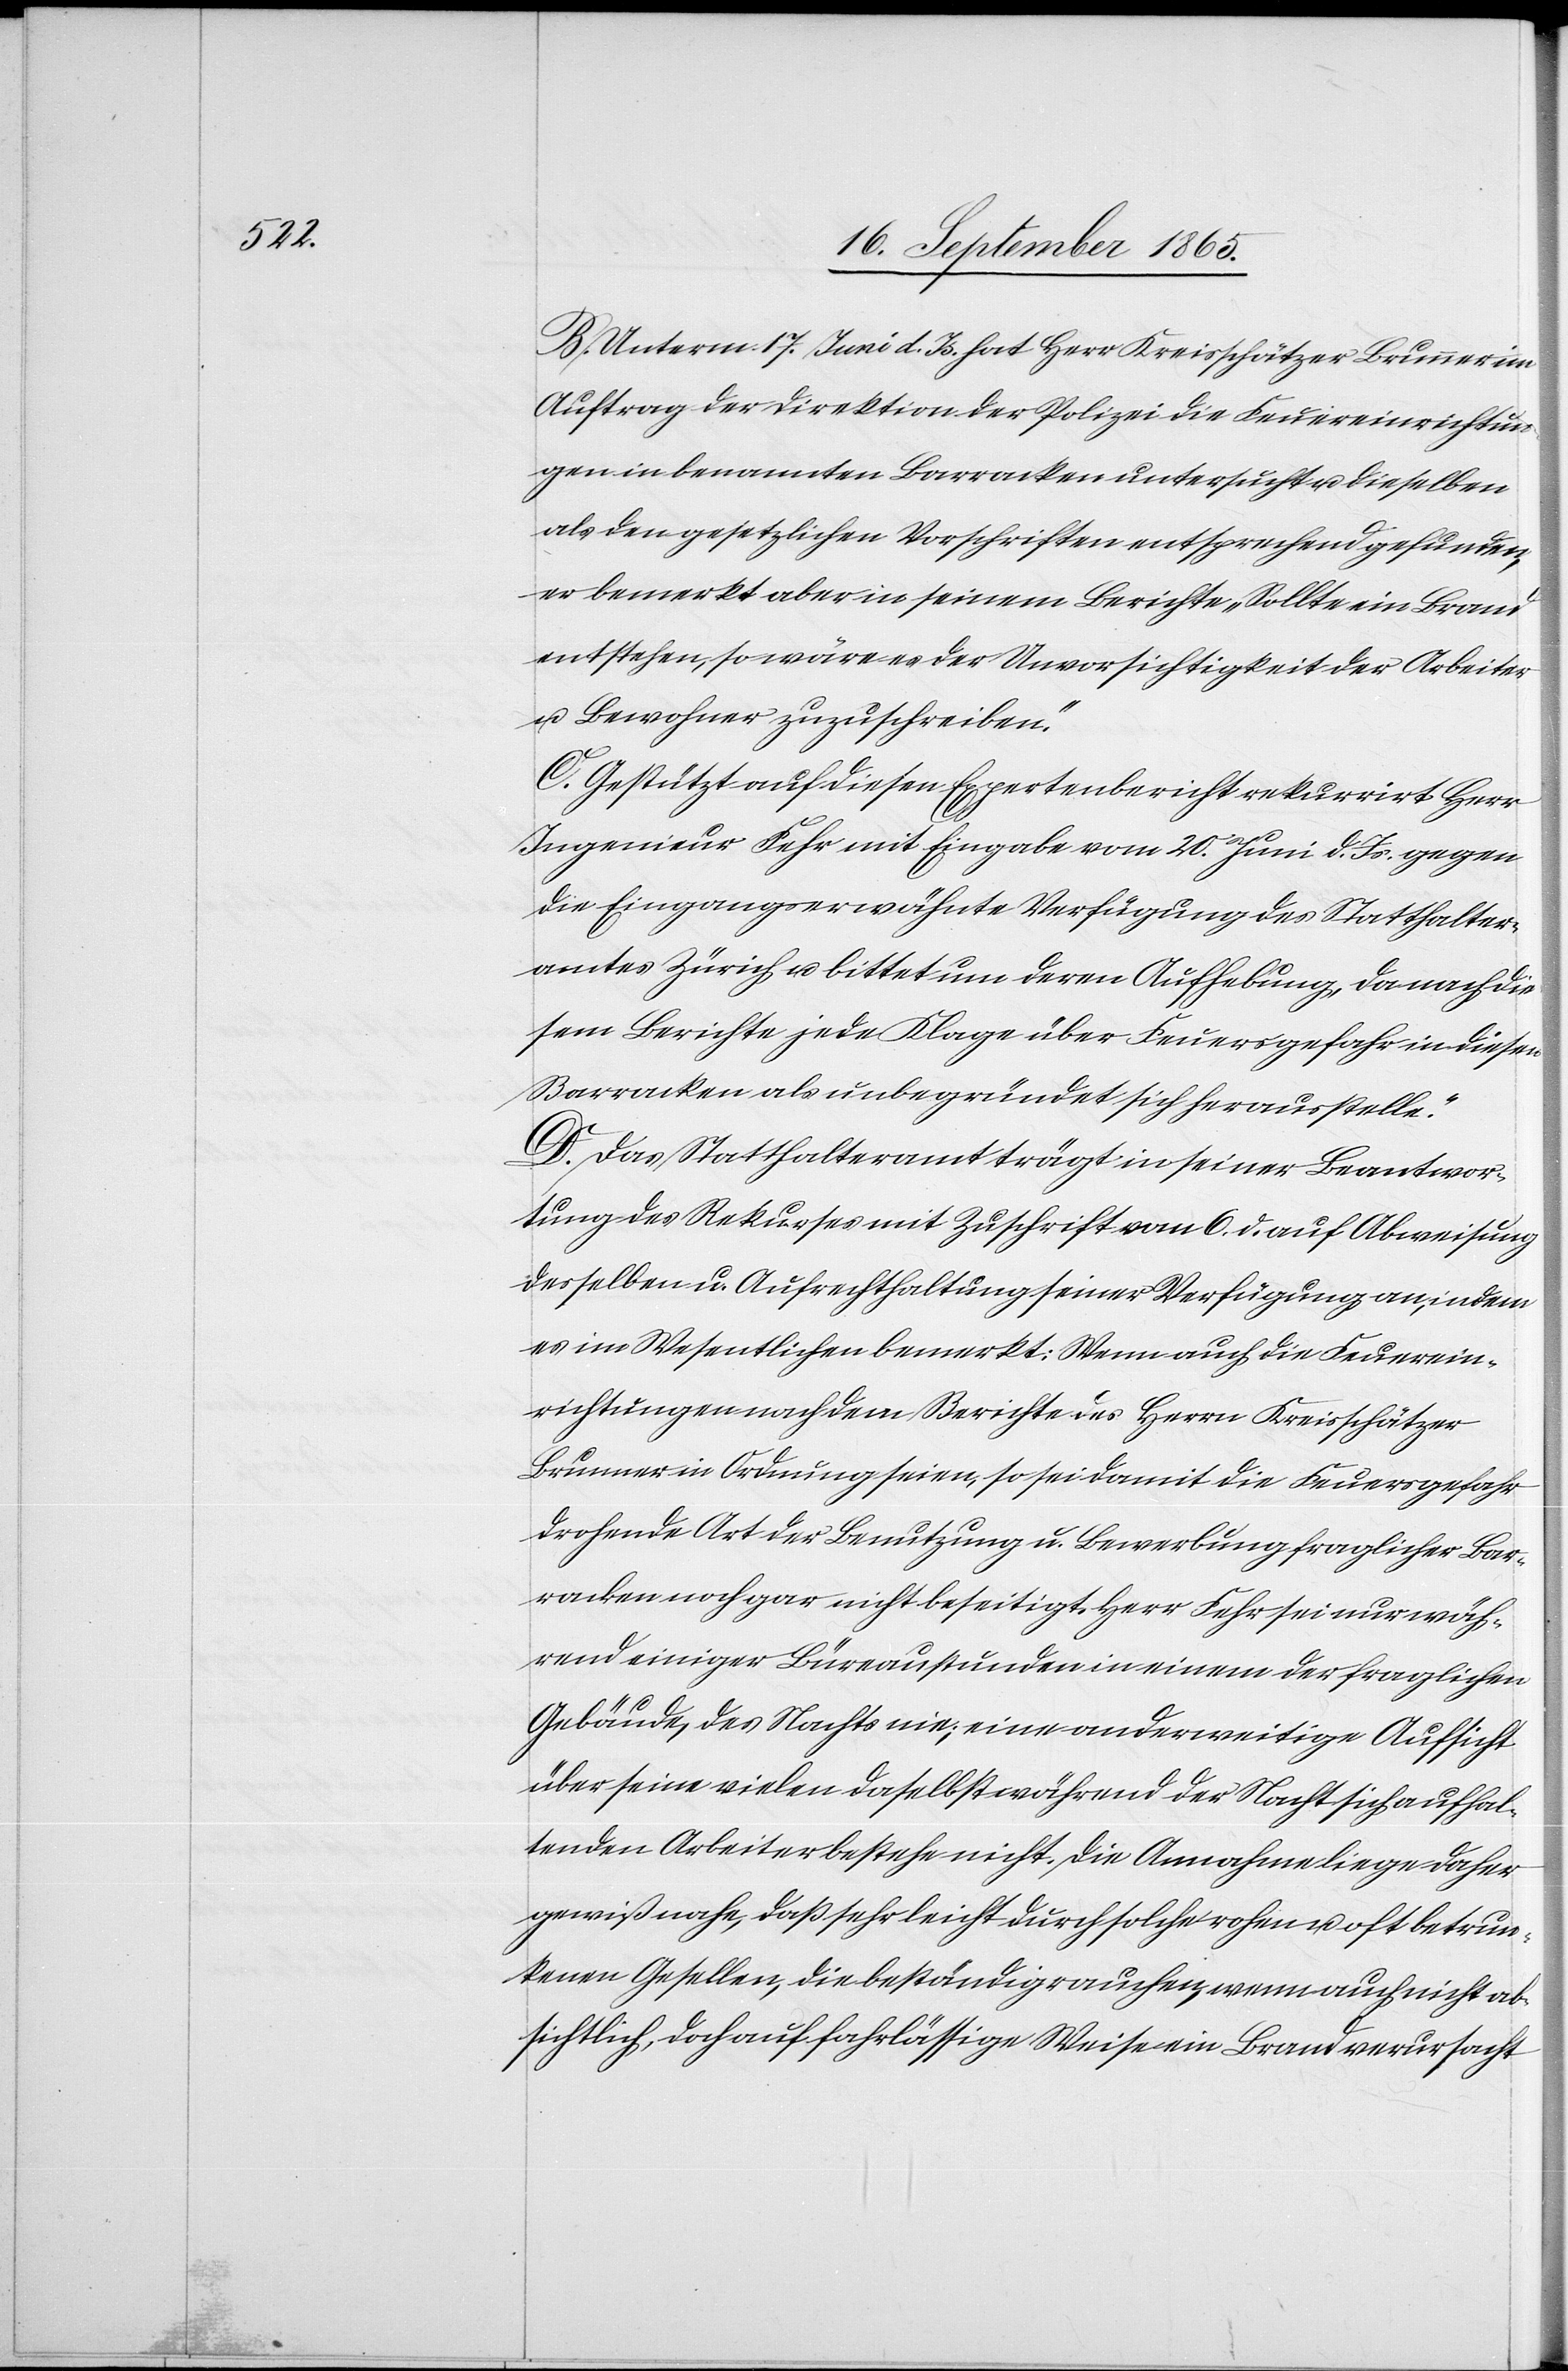
B. Unterm 17. Juni d. Js. hat Herr Kreisschätzer Brunner im
Auftrag der Direktion der Polizei die Feuereinrichtun¬
gen in benannten Barracken untersucht u. dieselben
als den gesetzlichen Vorschriften entsprechend gefunden,
er bemerkt aber in seinem Berichte „Sollte ein Brand
entstehen, so wäre es der Unvorsichtigkeit der Arbeiter
Bewohner zuzuschreiben.“
C. Gestützt auf diesen Expertenbericht rekurrirt Herr
Ingenieur Fehr mit Eingabe vom 20. Juni d. Js. gegen
die Eingangserwähnte Verfügung des Statthalter¬
amtes Zürich u. bittet um deren Aufhebung, [„]da nach die¬
sem Berichte jede Klage über Feuersgefahr in diesen
Barracken als unbegründet sich herausstelle.“
D. Das Statthalteramt trägt in seiner Beantwor¬
tung des Rekurses mit Zuschrift vom 6. d. auf Abweisung
desselben u. Aufrechthaltung seiner Verfügung an, indem
es im Wesentlichen bemerkt: Wenn auch die Feuerein¬
richtungen nach dem Berichte des Herrn Kreisschätzer
Brunner in Ordnung seien, so sei damit die Feuersgefahr
drohende Art der Benutzung u. Bewerbung fraglicher Bar¬
racken noch gar nicht beseitigt. Herr Fehr sei nur wäh¬
rend einiger Büreaustunden in einem der fraglichen
Gebäude, des Nachts nie; eine anderweitige Aufsicht
über seine vielen daselbst während der Nacht sich aufhal¬
tenden Arbeiter bestehe nicht. Die Annahme liege daher
gewiß nahe, daß sehr leicht durch solche rohen u. oft betrun¬
kenen Gesellen, die beständig rauchen, wenn auch nicht ab¬
sichtlich, doch auf fahrlässige Weise ein Brand verursacht